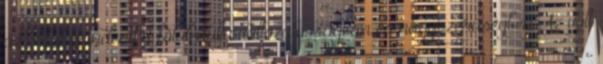
az oldal mindeniket fölülmulja változatosságban és nagyszerűségben Az volt